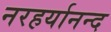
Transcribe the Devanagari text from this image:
नरहर्यानन्द